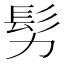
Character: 𩫸